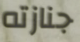
جنازته